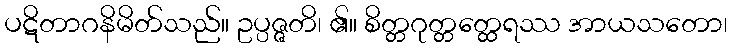
ပဋိတာဂနိမိတ်သည်။ ဥပ္ပဇ္ဇတိ၊ ၏။ စိတ္တဂုတ္တတ္ထေရဿ အာယသတော၊